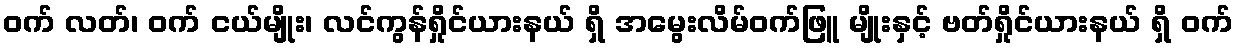
ဝက် လတ်၊ ဝက် ငယ်မျိုး၊ လင်ကွန်ရှိုင်ယားနယ် ရှိ အမွေးလိမ်ဝက်ဖြူ မျိုးနှင့် ဗတ်ရှိုင်ယားနယ် ရှိ ဝက်